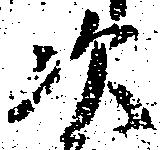
次